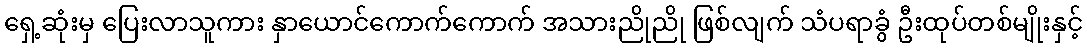
ရှေ့ဆုံးမှ ပြေးလာသူကား နှာယောင်ကောက်ကောက် အသားညိုညို ဖြစ်လျက် သံပရာခွံ ဦးထုပ်တစ်မျိုးနှင့်